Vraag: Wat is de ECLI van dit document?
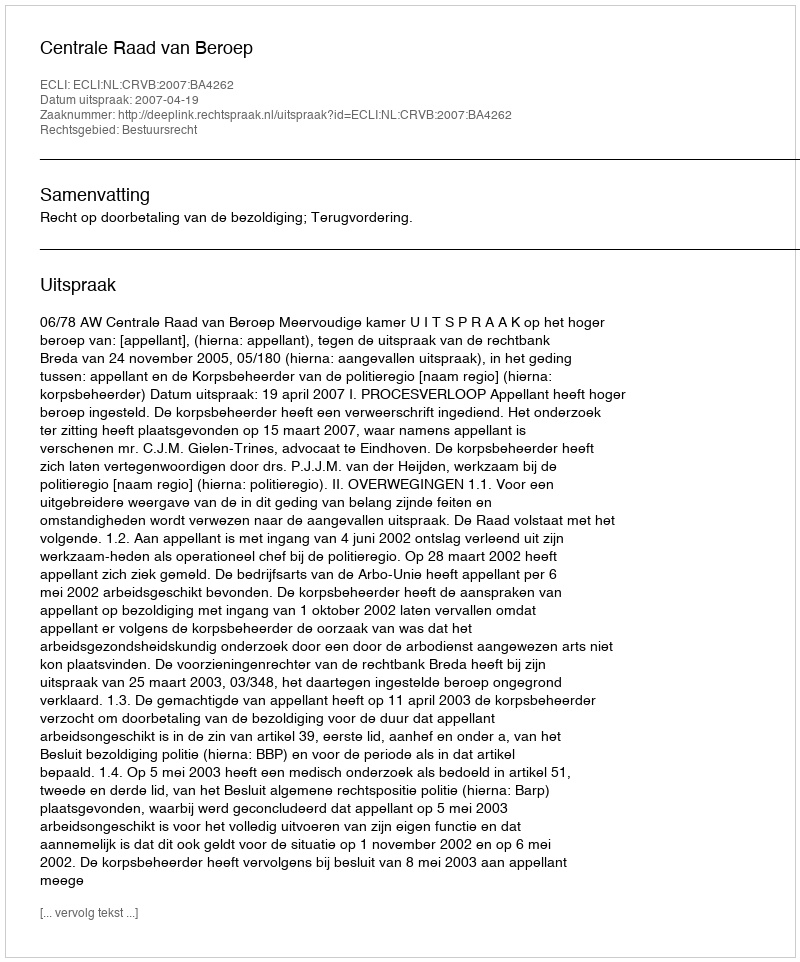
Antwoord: ECLI:NL:CRVB:2007:BA4262